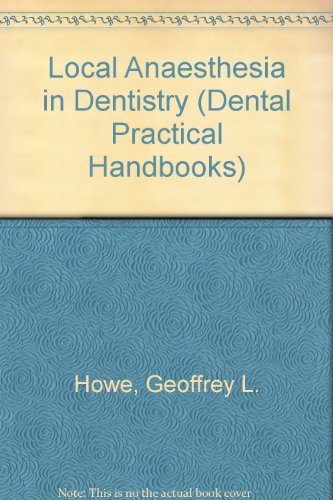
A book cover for Local Anaesthesia in Dentistry (Dental Practical Handbooks); Geoffrey L. Howe; Medical Books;